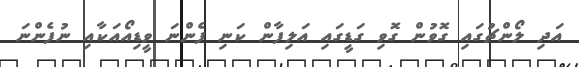
އަދި ލޯންޗުގައި ގޮވުން ގޮވި ގަޑީގައި އަލިފާން ކަނި ފެންނަ ވީޑިއޯއަކާއި ނުފެންނަ